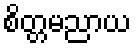
စိတ္တမညာယ